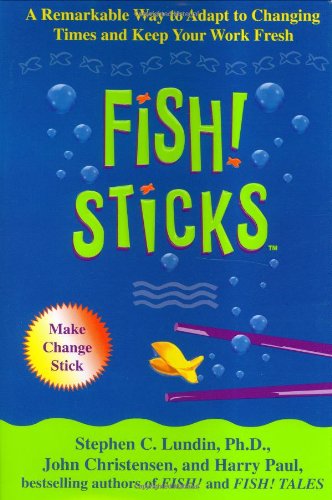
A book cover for Fish! Sticks: A Remarkable Way to Adapt to Changing Times and Keep Your Work Fresh; Stephen C. Lundin; Business & Money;